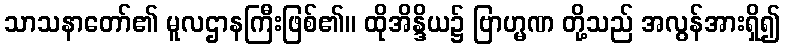
သာသနာတော်၏ မူလဌာနကြီးဖြစ်၏။ ထိုအိန္ဒိယ၌ ဗြာဟ္မဏ တို့သည် အလွန်အားရှိ၍